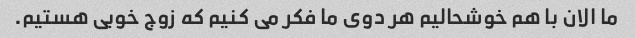
ما الان با هم خوشحالیم هر دوی ما فکر می کنیم که زوج خوبی هستیم.